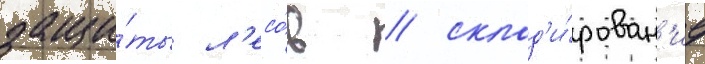
защи́ты л'есо́в / склад'и́рован'ие